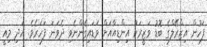
ފަހުން އިޒްރޭލްގެ ބޮޑު ވަޒީރަކު އިންޑިއާއަށް ވަޑައިގެންނެވި ދެވަނަ ފަހަރެވެ. އަދި މިއީ